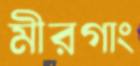
মীরগাং